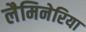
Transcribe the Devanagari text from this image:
लैमिनेरिया